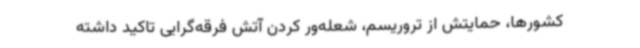
کشورها، حمایتش از تروریسم، شعله‌ور کردن آتش فرقه‌گرایی تاکید داشته